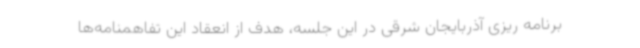
برنامه ریزی آذربایجان شرقی در این جلسه، هدف از انعقاد این تفاهمنامه‌ها